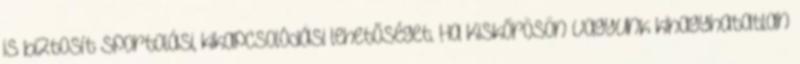
is biztosít sportolási, kikapcsolódási lehetőséget. Ha Kiskőrösön vagyunk kihagyhatatlan